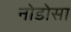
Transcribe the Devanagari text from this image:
नोडोसा